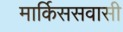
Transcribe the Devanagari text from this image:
मार्किससवासी